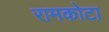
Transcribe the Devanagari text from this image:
रामकोटा